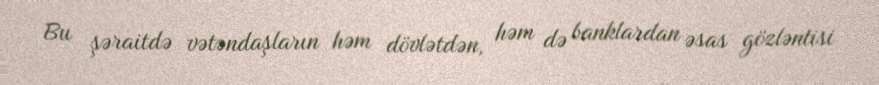
Bu şəraitdə vətəndaşların həm dövlətdən, həm də banklardan əsas gözləntisi